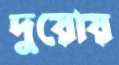
দুয়োয়